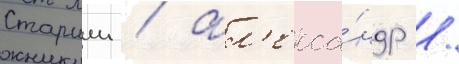
Старшии / ал'екса́ндр /